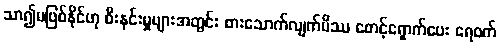
သာ၍မဖြစ်နိုင်ဟု စီးနင်းမှုများအတွင်း စားသောက်လျက်မိဿ စောင့်ရှောက်ပေး ရေဝက်